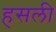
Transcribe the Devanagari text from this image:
हसली